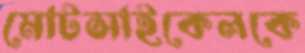
মোটসাইকেলকে